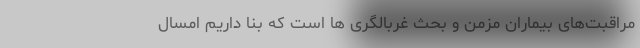
مراقبت‌های بیماران مزمن و بحث غربالگری ها است که بنا داریم امسال